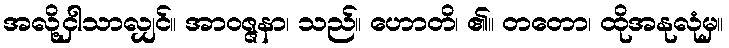
အလို့ငှါသာလျှင်။ အာဝဇ္ဇနာ၊ သည်။ ဟောတိ၊ ၏။ တတော၊ ထိုအနုလုံမှ။